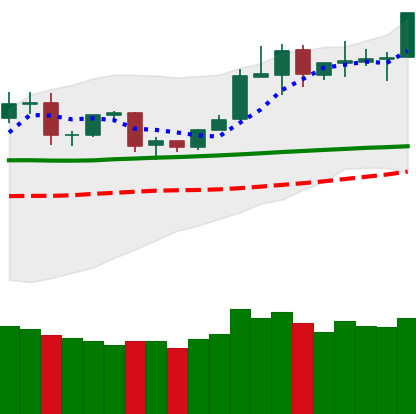
Ticker: TRX-USD
Chart end date: 2020-02-05
Forward return: 6.994%
Label: up_5_7